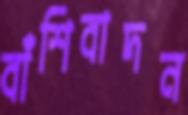
বাঁশিবাদন